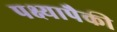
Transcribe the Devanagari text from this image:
पक्ष्यापैकी